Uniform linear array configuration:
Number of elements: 48
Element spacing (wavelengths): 0.75
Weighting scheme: blackman
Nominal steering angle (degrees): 0
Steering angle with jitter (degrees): -0.2408
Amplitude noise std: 0.05
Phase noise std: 0.05

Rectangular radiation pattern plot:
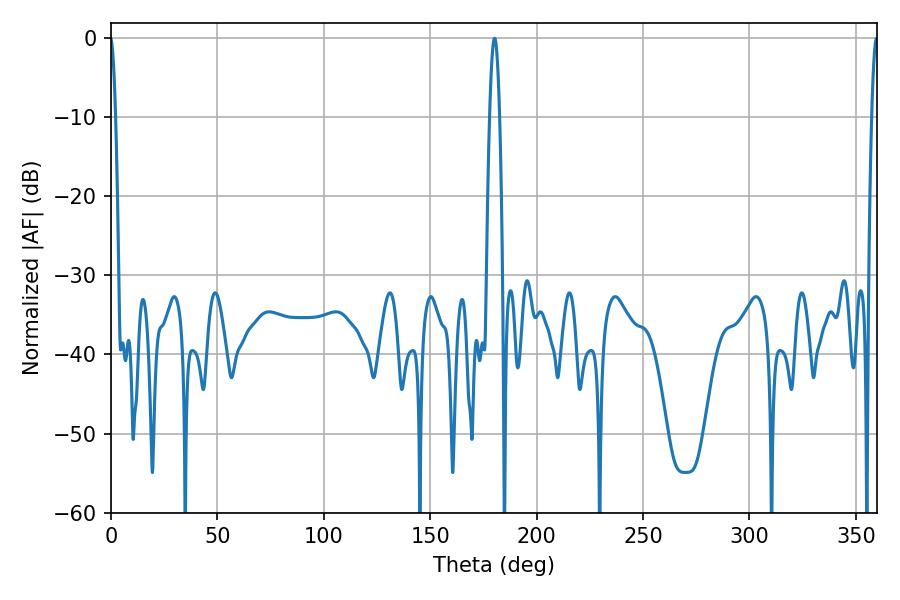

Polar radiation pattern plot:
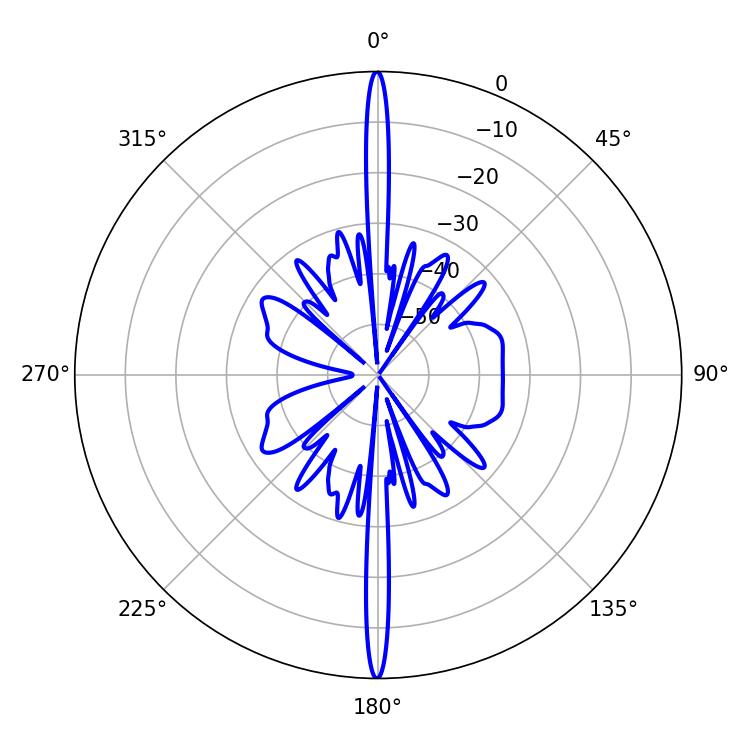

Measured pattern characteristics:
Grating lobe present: TRUE
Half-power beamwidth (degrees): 2.52
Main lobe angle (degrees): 180.18